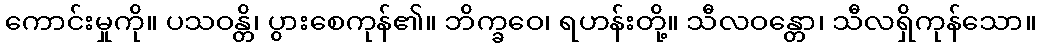
ကောင်းမှုကို။ ပသဝန္တိ၊ ပွားစေကုန်၏။ ဘိက္ခဝေ၊ ရဟန်းတို့။ သီလဝန္တော၊ သီလရှိကုန်သော။